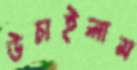
উচাইলাম